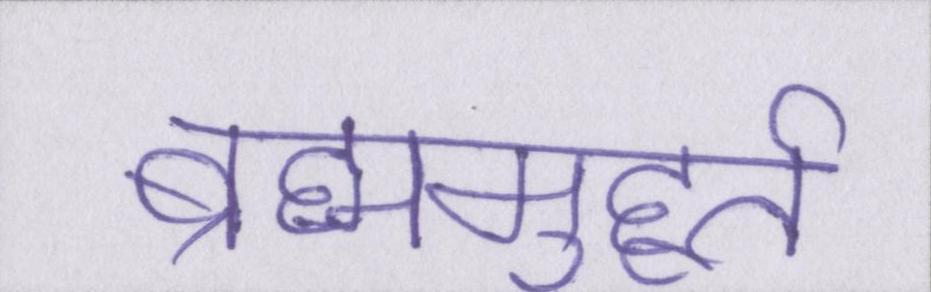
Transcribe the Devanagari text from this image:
ब्रह्ममुहूर्त